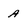
Character: A